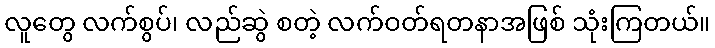
လူတွေ လက်စွပ်၊ လည်ဆွဲ စတဲ့ လက်ဝတ်ရတနာအဖြစ် သုံးကြတယ်။